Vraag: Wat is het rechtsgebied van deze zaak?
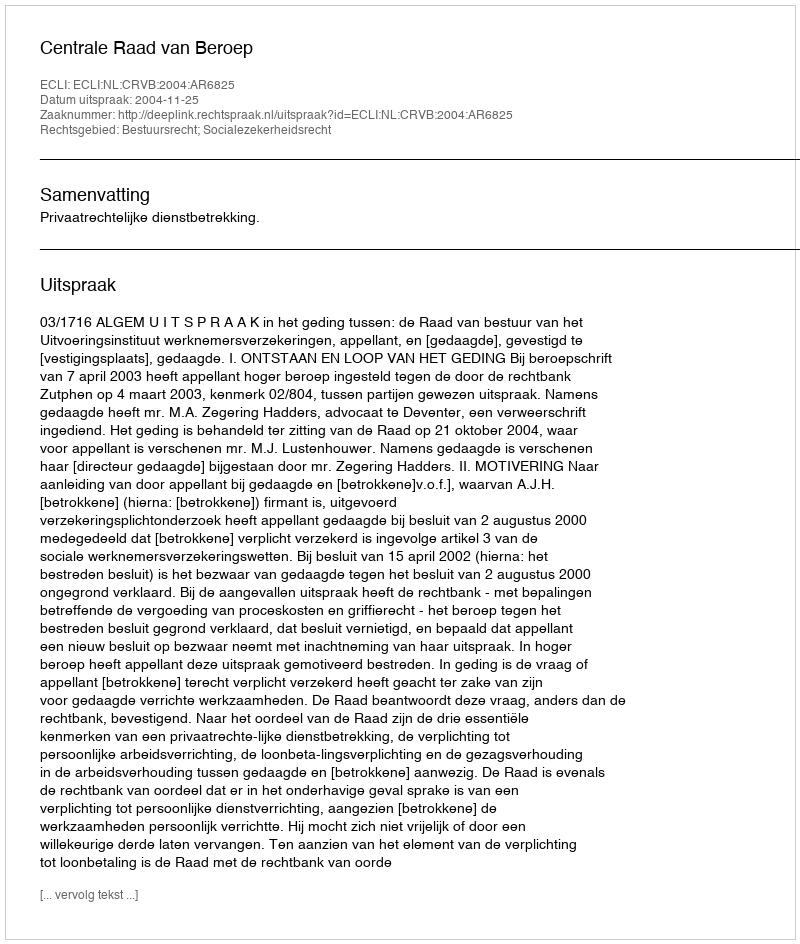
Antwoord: Bestuursrecht; Socialezekerheidsrecht